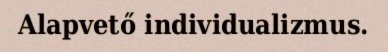
Alapvető individualizmus.